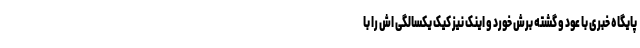
پایگاه خبری با عود و گشته برش خورد و اینک نیز کیک یکسالگی اش را با